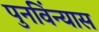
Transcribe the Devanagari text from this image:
पुनविंन्यास